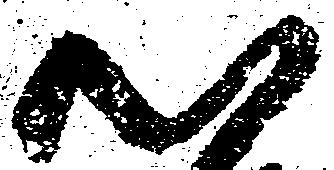
心